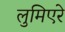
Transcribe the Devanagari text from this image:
लुमिएरे